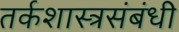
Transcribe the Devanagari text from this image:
तर्कशास्त्रसंबंधी